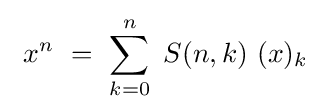
\ x^{n}\ =\ \sum _{k=0}^{n}\ S(n,k)\ (x)_{k}\